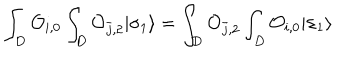
\int _ { D } { \cal O } _ { i , 0 } \int _ { D } { \cal O } _ { { \bar { j } } , 2 } | \sigma _ { 1 } \rangle = \int _ { D } { \cal O } _ { { \bar { j } } , 2 } \int _ { D } { \cal O } _ { i , 0 } | \sigma _ { 1 } \rangle \,